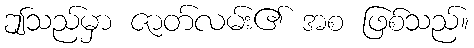
ဤသည်မှာ ဇာတ်လမ်း၏ အစ ဖြစ်သည်။